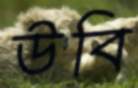
উবি